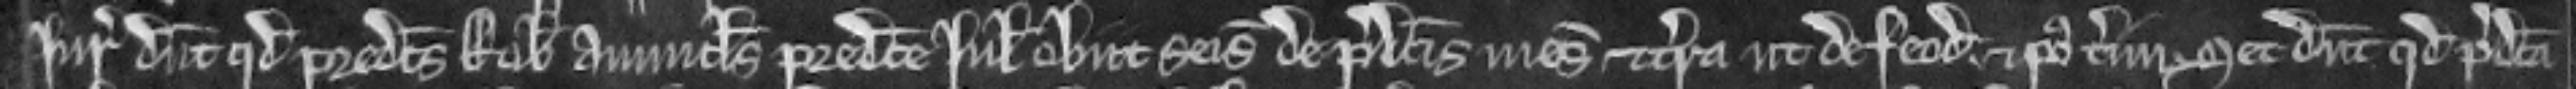
Juratores dicunt quod predictus Robertus avunculus predicte Juliane obiit seisitus de predictis mesuagio et terra ut de feodo et post terminum set dicunt quod predicta